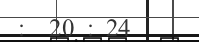
:  20 : 24